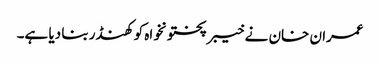
عمران خان نے خیبرپختونخواہ کو کھنڈر بنا دیا ہے۔